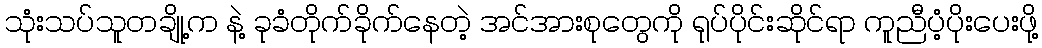
သုံးသပ်သူတချို့က နဲ့ ခုခံတိုက်ခိုက်နေတဲ့ အင်အားစုတွေကို ရုပ်ပိုင်းဆိုင်ရာ ကူညီပံ့ပိုးပေးဖို့